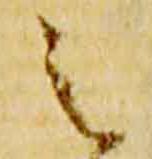
之